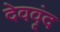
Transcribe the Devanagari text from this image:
देववृंद